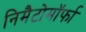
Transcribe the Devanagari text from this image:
निमैटोमॉर्फा